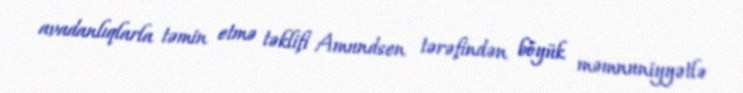
avadanlıqlarla təmin etmə təklifi Amundsen tərəfindən böyük məmnuniyyətlə